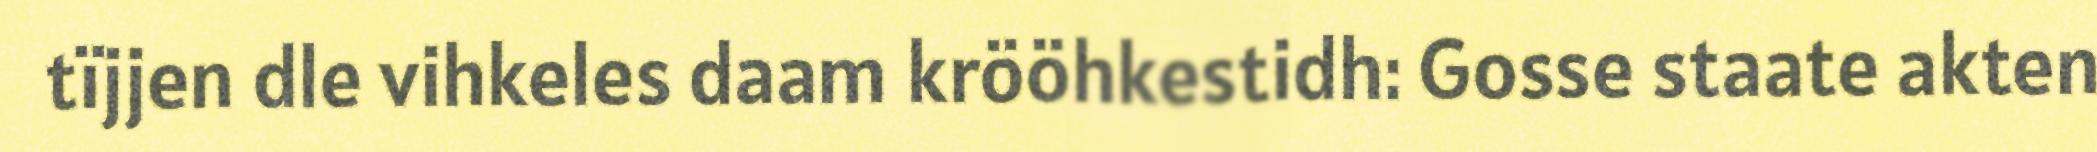
tïjjen dle vihkeles daam krööhkestidh: Gosse staate akten